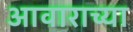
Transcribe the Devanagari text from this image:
आवाराच्या